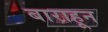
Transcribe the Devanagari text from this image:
बाराहून